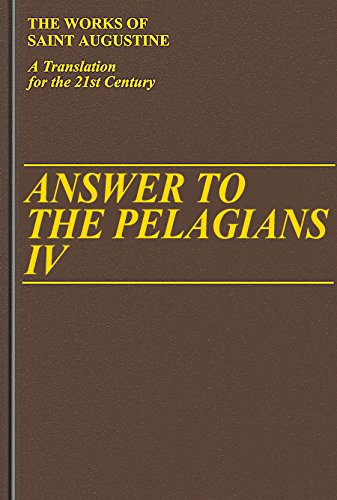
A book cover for Answer to the Pelagians (I/26) (Works of Saint Augustine); Saint Augustine; Christian Books & Bibles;